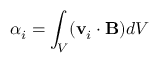
\alpha _ { i } = \int _ { V } ( \mathbf { v } _ { i } \cdot \mathbf { B } ) d V